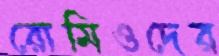
রোমিওদের